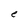
Character: e